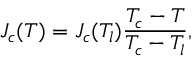
J _ { c } ( T ) = J _ { c } ( T _ { l } ) \frac { T _ { c } - T } { T _ { c } - T _ { l } } ,